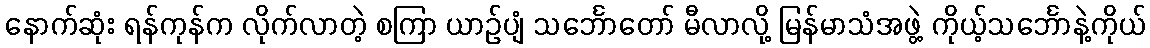
နောက်ဆုံး ရန်ကုန်က လိုက်လာတဲ့ စကြာ ယာဉ်ပျံ သင်္ဘောတော် မီလာလို့ မြန်မာသံအဖွဲ့ ကိုယ့်သင်္ဘောနဲ့ကိုယ်